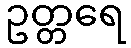
ဥတ္တရေ